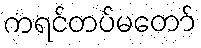
ကရင်တပ်မတော်